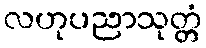
လဟုပညာသုတ္တံ